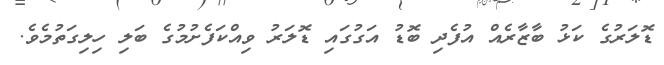
ޑޮލަރުގެ ކަޅު ބާޒާރެއް އުފެދި ބޮޑު އަގުގައި ޑޮލަރު ވިއްކަފެށުމުގެ ބަލި ހިލިގަތުމެވެ.